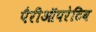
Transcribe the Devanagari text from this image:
पैरीऑपरेटिव